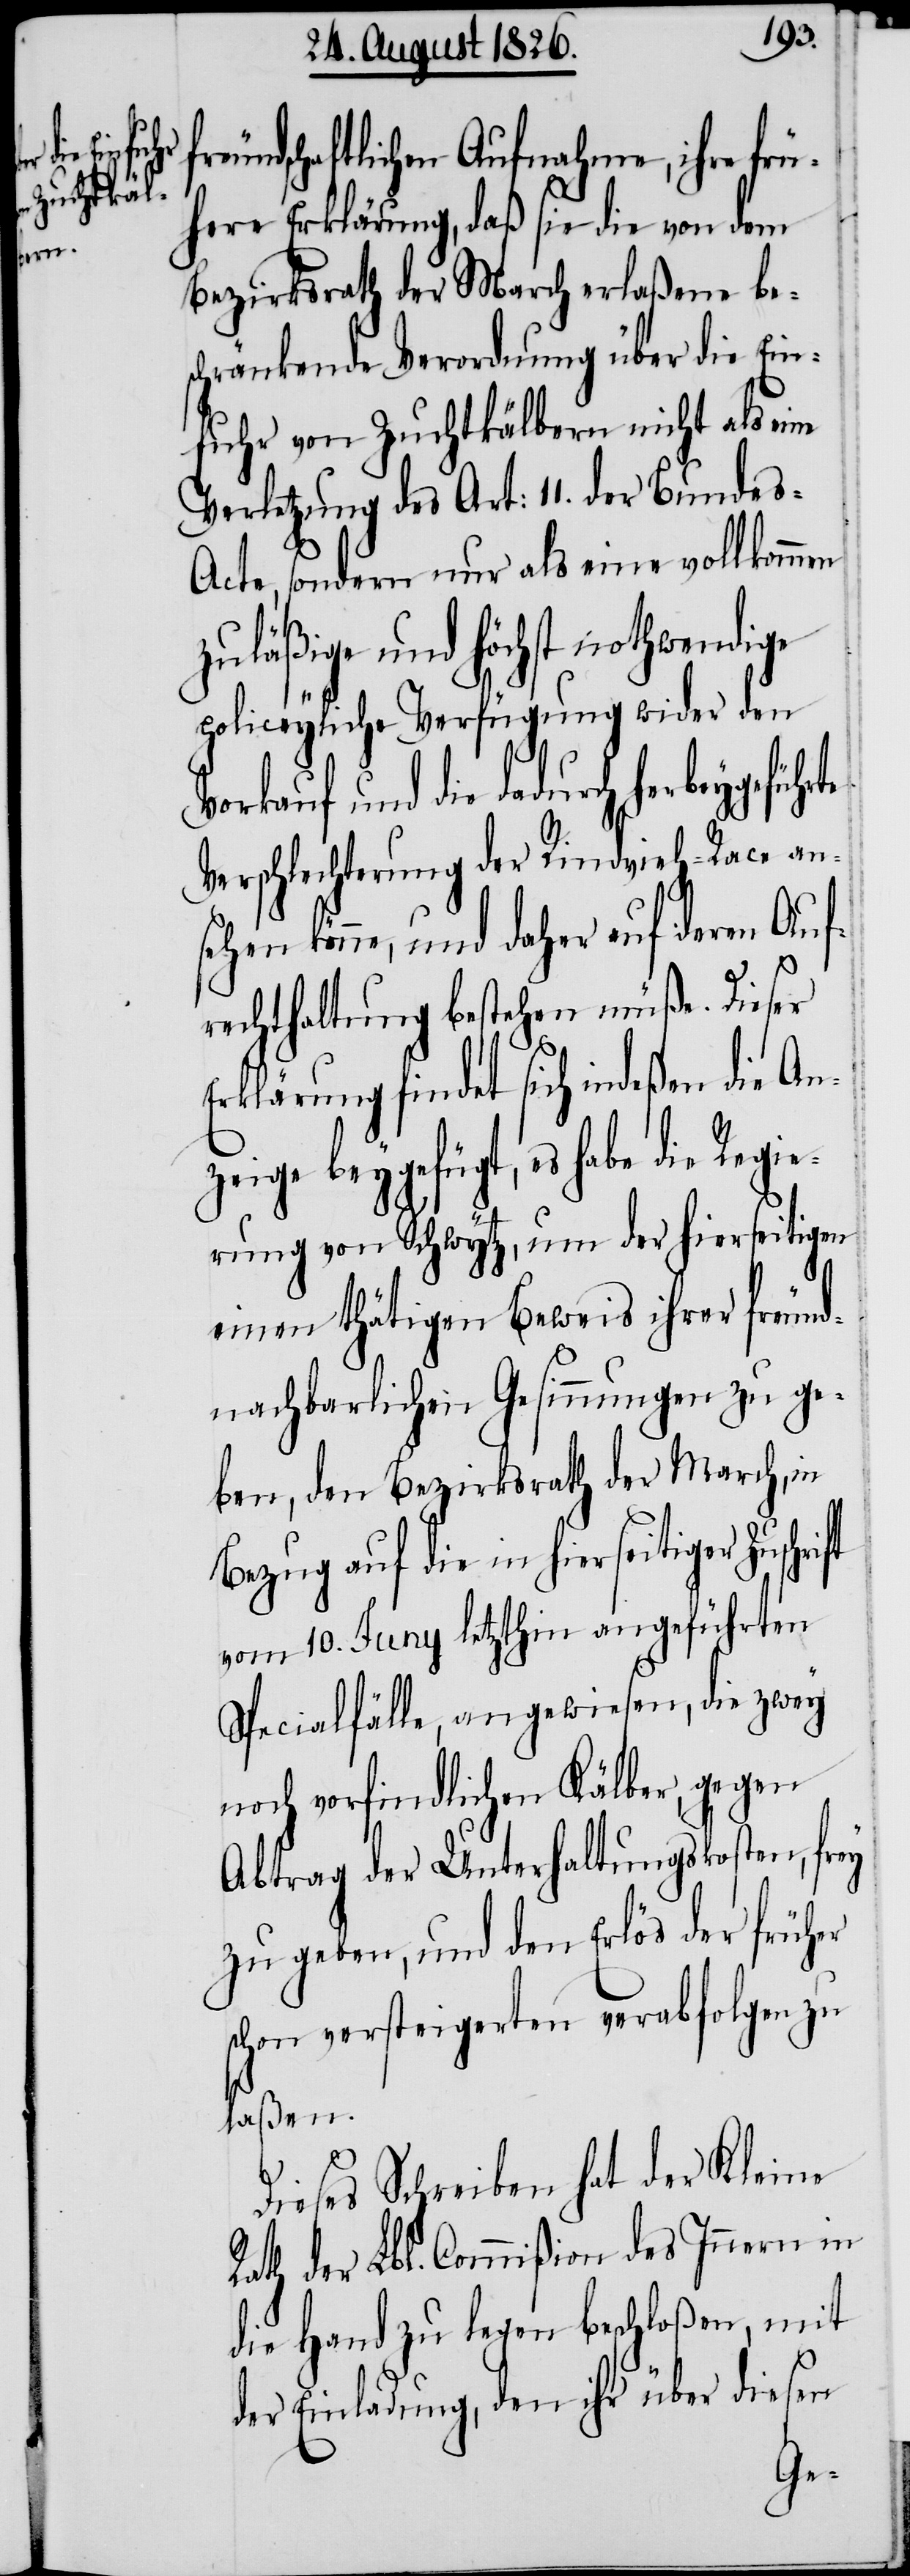
rift
zei¬

dschaftlichen Aufnahme, ihre frü¬
here Erklärung, daß sie die von dem
Bezirksrath der March erlaßene bes¬
chränkende Verordnung über die Ein¬
fuhr von Zuchtkälbern nicht als eine
Verletzung des Art: 11. der Bunde¬
s-Acte, sondern nur als eine vollkommen
zuläßige und höchst nothwendige
policeyliche Verfügung wider den
Vorkauf und die dadurch herbeygeführ¬
Verschlechterung der Rindvieh-Race an¬
sehen könne, und daher auf deren Auf¬
rechthaltung bestehen müße. Dieser
Erklärung findet sich indeßen die An¬
ge beygefügt, es habe die Regie¬
rung von Schwytz, um der hierseitigen
einen thätigen Beweis ihrer freund¬
nachbarlichen Gesinnungen zu ge¬
ben, den Bezirksrath der March, in
Bezug auf die in hierseitiger Zusch¬
vom 10. Juny letzthin angeführten
Specialfälle, angewiesen, die zwey
noch vorfindlichen Kälber, gegen
Abtrag der Unterhaltungskosten, frey
zu geben, und den Erlös der früher
schon versteigerten verabfolgen zu
laßen.
Dieses Schreiben hat der Kleine
Rath der Lbl. Commißion des Innern in
die Hand zu legen beschloßen, mit
der Einladung, den ihr über diesen